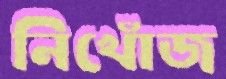
নিখোঁজ